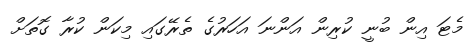
މެޓަ އިން ބުނީ ކުރިން އަންނަ އަހަރުގެ ތެރޭގައި މިކަން ކުރާ ގޮތަށް